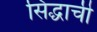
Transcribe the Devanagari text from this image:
सिद्धाची